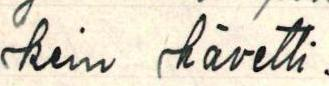
kein hävetti.